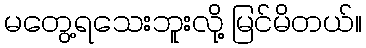
မတွေ့ရသေးဘူးလို့ မြင်မိတယ်။